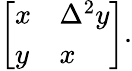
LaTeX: \left[\begin{array}{ll}{x}&{\Delta^{2}y}\\ {y}&{x}\end{array}\right].